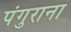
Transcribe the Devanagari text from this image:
पंगुराना